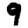
Digit: 9